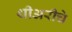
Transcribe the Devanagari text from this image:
थीअरीचे